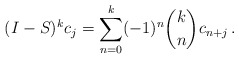
\begin{align*}(I-S)^k c_j = \sum_{n=0}^k (-1)^n \binom{k}{n} c_{n+j} \, .\end{align*}